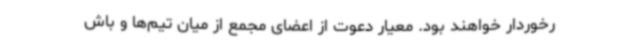
رخوردار خواهند بود. معیار دعوت از اعضای مجمع از میان تیم‌ها و باش